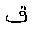
Letter: _qaf